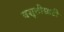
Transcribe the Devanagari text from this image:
वसूलीसाठी